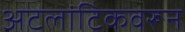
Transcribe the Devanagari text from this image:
अटलांटिकवरून